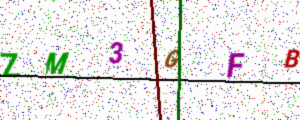
Text: ZM3GFB